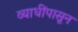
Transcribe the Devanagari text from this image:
व्याधींपासून